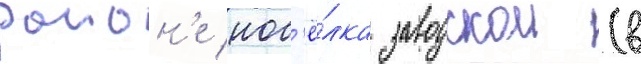
раион'е пос'ё́лка заводскои (в